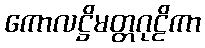
ကောလဋ္ဌိမတ္တဂုဠိကာ